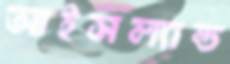
আইসল্যান্ড